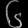
Digit: ၆